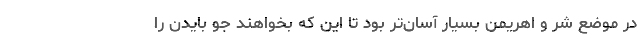
در موضع شر و اهریمن بسیار آسان‌تر بود تا این که بخواهند جو بایدن را